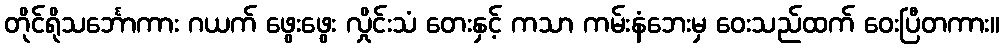
တိုင်ရိုသင်္ဘောကား ဂယက် ဖွေးဖွေး လှိုင်းသံ တေးနှင့် ကသာ ကမ်းနံဘေးမှ ဝေးသည်ထက် ဝေးပြီတကား။